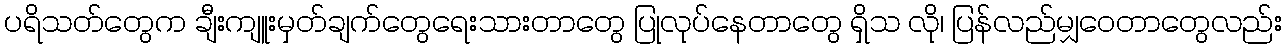
ပရိသတ်တွေက ချီးကျူးမှတ်ချက်တွေရေးသားတာတွေ ပြုလုပ်နေတာတွေ ရှိသ လို၊ ပြန်လည်မျှဝေတာတွေလည်း